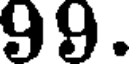
99.